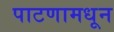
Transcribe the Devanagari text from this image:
पाटणामधून